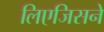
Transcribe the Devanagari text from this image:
लिएजिसने